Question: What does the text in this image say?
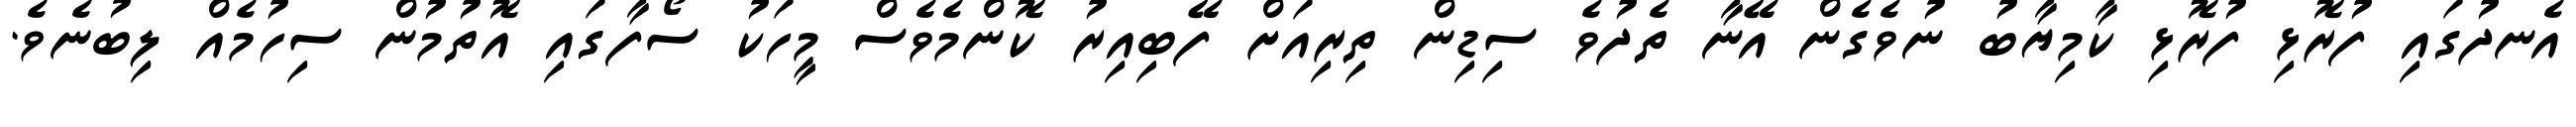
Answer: އެނދުގައި ފުރޮޅި ފުރޮޅި ކާމިޔާބު ނުވެގެން އޭނާ ތެދުވެ ސިޑިން ތިރިއަށް ފޭބިއިރު ކޮންމެވެސް މީހަކު ސޯފާގައި އޮތުމުން ސިހުމެއް ލިބުނެވެ.